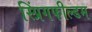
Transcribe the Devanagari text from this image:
स्प्रिंगफील्डम